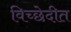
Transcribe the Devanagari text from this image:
विच्छेदीत